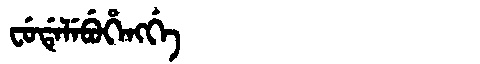
Manchu: ᠸᡠᡩᡝᠯᡝᠪᡠᡥᡝᠩᡤᡝ
Romanization: FUDELEBUHENGGE